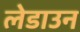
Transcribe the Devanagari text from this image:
लेडाउन